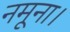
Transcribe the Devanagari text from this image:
नमूना।